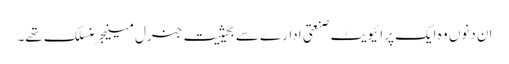
ان دنوں وہ ایک پرائیویٹ صنعتی ادارے سے بحیثیت جنرل مینیجر منسلک تھے۔